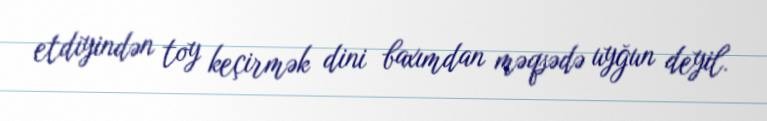
etdiyindən toy keçirmək dini baxımdan məqsədə uyğun deyil.